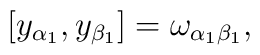
\left[ y_{\alpha _{1}},y_{\beta _{1}}\right] =\omega _{\alpha _{1}\beta_{1}},